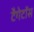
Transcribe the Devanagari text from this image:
टैगेटॉस